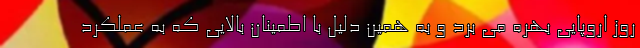
روز اروپایی بهره می برد و به همین دلیل با اطمینان بالایی که به عملکرد